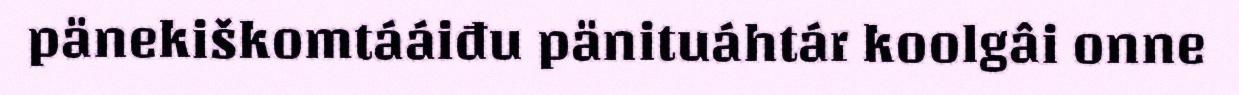
pänekiškomtááiđu pänituáhtár koolgâi onne